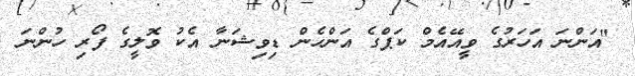
"އަންނަ އަހަރުގެ ވީއޭއެމް ކަޕްގެ އަންހެން ޑިވިޝަނާ އެކު ވޮލީގެ ފޯރި ހުންނަ